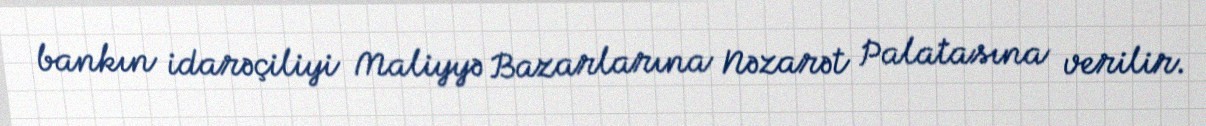
bankın idarəçiliyi Maliyyə Bazarlarına Nəzarət Palatasına verilir.